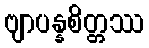
ဗျာပန္နစိတ္တဿ